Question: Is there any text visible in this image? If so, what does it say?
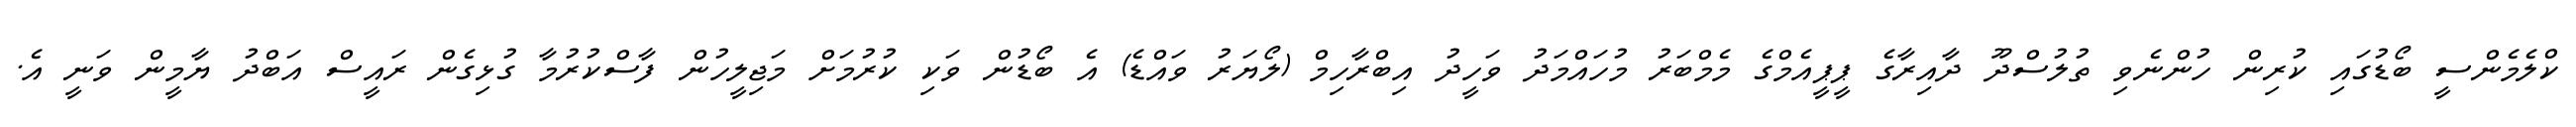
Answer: ކްލެމެންސީ ބޯޑުގައި ކުރިން ހުންނެވި ތުލުސްދޫ ދާއިރާގެ ޕީޕީއެމްގެ މެމްބަރު މުހައްމަދު ވަހީދު އިބްރާހިމް (ލޯޔަރު ވައްޑެ) އެ ބޯޑުން ވަކި ކުރުމަށް މަޖިލީހުން ފާސްކުރުމާ ގުޅިގެން ރައީސް އަބްދު ޔާމީން ވަނީ އެ.